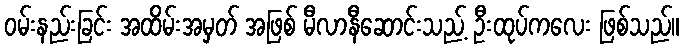
ဝမ်းနည်းခြင်း အထိမ်းအမှတ် အဖြစ် မီလာနီဆောင်းသည့် ဦးထုပ်ကလေး ဖြစ်သည်။